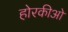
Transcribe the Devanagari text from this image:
होरकीओ